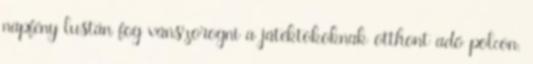
napfény lustán fog vánszorogni a játéktokoknak otthont adó polcon.